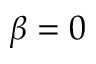
\beta = 0